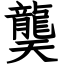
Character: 龑